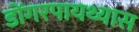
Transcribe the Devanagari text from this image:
डोंगरपायथ्यास